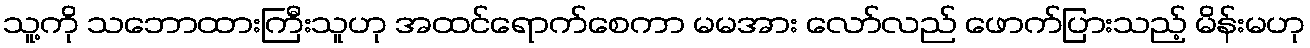
သူ့ကို သဘောထားကြီးသူဟု အထင်ရောက်စေကာ မမအား လော်လည် ဖောက်ပြားသည့် မိန်းမဟု